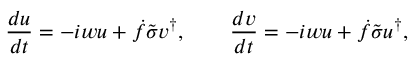
\frac { d u } { d t } = - i w u + { \dot { f } } \tilde { \sigma } v ^ { \dagger } , \qquad \frac { d v } { d t } = - i w u + { \dot { f } } \tilde { \sigma } u ^ { \dagger } ,